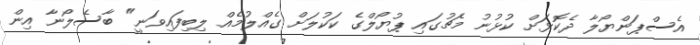
އެސްޕަންޔޯލާ ދެކޮޅަށް ކުޅުނު މެޗުގައި ޕުޔޯލްގެ ކަކުލަށް ގެއްލުމެއް ލިބިފައިވަނީ" ބާސެލޯނާ އިން